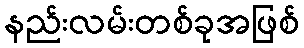
နည်းလမ်းတစ်ခုအဖြစ်